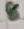
Text: 8